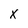
Character: x